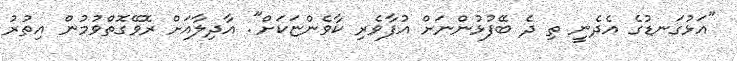
"އަޅުގަނޑުގެ އެދެނީ ތި ދެ ބޭފުޅުންނަށް އުފާވެރި ކާވެންޏަކަށް". އާދިލާއަށް ރޮވޭގޮތްވުމުން އިތުރު